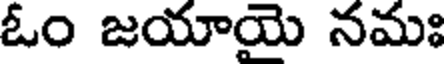
ఓం జయాయె నమః